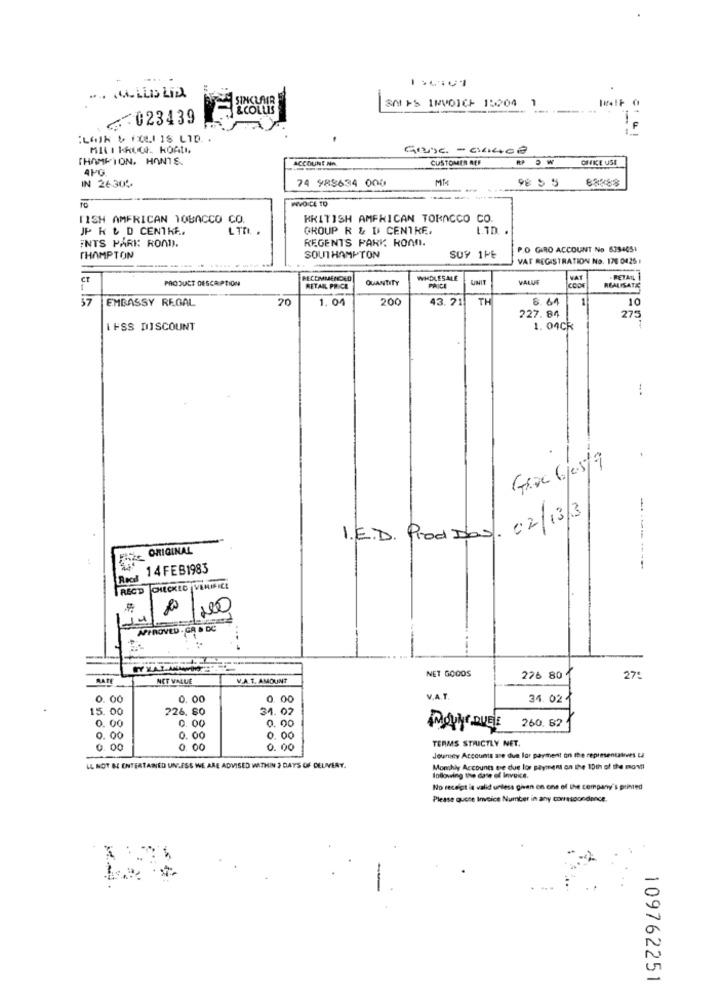
SM +S INVOICE 15204
... 023439
:LAJK & FOLIIS LID. .
MIL I KRUCI. KOALI
CHAMPION. HONTS.
ACCOUNT NA
CUSTOMER REF
OFFICE USE
4PG
IN 26304
74 988634 000
MI4
98 5 5
88888
VOICE TO
FISH AMERICAN TOBACCO CO.
BRITISH AMERICAN TOBACCO CO.
JP R & D CENTKE.
LTD .
GROUP R & D CENTRE,
Lin
INTS PARK ROAD).
REGENTS PARK ROAD.
P.O GIRO ACCOUNT No 6394051
THAMPTON
SOUTHAMPTON
SOY 1PE
VAT REGISTRATION NO. 170 0425
PRODUCT DESCRIPTION
PECOMMENDED
QUANTITY
WHOLESALE
UNIT
VALUE
. RETAIL
RETAIL PRICE
REALISATIE
57
EMBASSY REGAL
20
1. 04
200
43.21
TH
8.61
1
10
227.84
275
IFSS DISCOUNT
1. 04CR
:
Gave Glas/9
I.E.D. ProdDas. 02/13/3
ORIGINAL
14 FEB1983
--------
Rood
RECT
CHECKED VERIRICE
APPROVED . GR & DC
---
NET GOODS
NET VALUE
V.A.T. AMOUNT
276 80
27:
0. 00
0. 00
0.
V.A.T
34. 024
15. 00
226. 80
34. 02
260.82
0. 00
0. 00
0.00
MORE QUELE
0. 00
0. 00
0. 00
TERMS STRICTLY NET.
0. 00
0. 00
0.00
Jersey Accounts are due lor paythent on the representatives La
LL NOT &L ENTERTAINED UNLESS WE ARE ADVISED WITHIN 3 DAYS OF DELIVERY.
Monthly Accounts ese due lor payment on the 10th of the mona
Indloving the date of Invoice.
No receipt is valid unless given on one of the company's printed
Please quote Invoice Number in any correspondence.
109762251